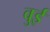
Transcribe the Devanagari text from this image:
वुई